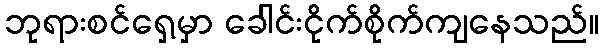
ဘုရားစင်ရှေ့မှာ ခေါင်းငိုက်စိုက်ကျနေသည်။